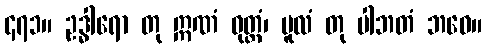
၄၇၁။ ဥဒ္ဓါရော တု ဣဏံ ဝုတ္တံ၊ မူလံ တု ပါဘတံ ဘဝေ။